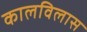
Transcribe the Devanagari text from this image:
कालविलास